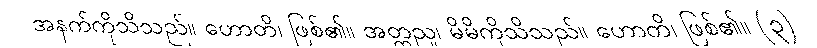
အနက်ကိုသိသည်။ ဟောတိ၊ ဖြစ်၏။ အတ္တညူ၊ မိမိကိုသိသည်။ ဟောတိ၊ ဖြစ်၏။ (၃)